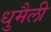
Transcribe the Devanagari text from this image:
धुमैली